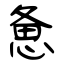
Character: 惫